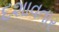
દશાવતાર